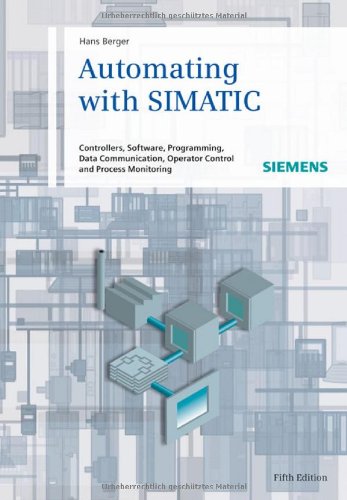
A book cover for Automating with SIMATIC: Controllers, Software, Programming, Data; Hans Berger; Science & Math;